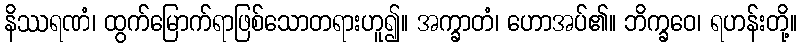
နိဿရဏံ၊ ထွက်မြောက်ရာဖြစ်သောတရားဟူ၍။ အက္ခာတံ၊ ဟောအပ်၏။ ဘိက္ခဝေ၊ ရဟန်းတို့။